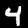
Label: 4